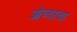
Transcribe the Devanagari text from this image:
ओव्याचा